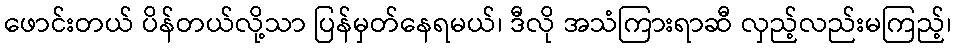
ဖောင်းတယ် ပိန်တယ်လို့သာ ပြန်မှတ်နေရမယ်၊ ဒီလို အသံကြားရာဆီ လှည့်လည်းမကြည့်၊